Document type: Grant
Year: 1445
Scribe: Antoni Gomar
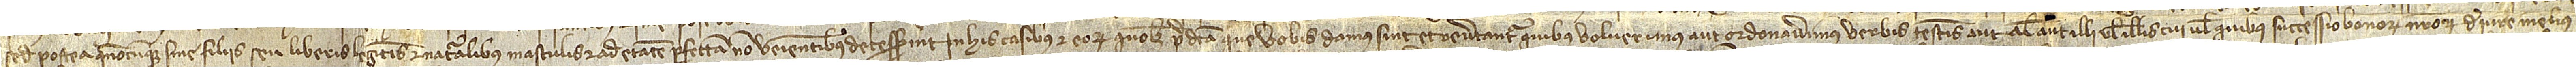
sed postea quandocumque sine filiis seu liberis legitimis et naturalibus masculis et ad etatem perfectam non venientibus decesserint, in his casibus et eorum quolibet predicta que vobis damus sint et revertantur quibus voluerimus aut ordinaverimus verbis, testamentis aut aliis aut illi vel illis cui vel quibus successio bonorum nostrorum de iure melius